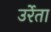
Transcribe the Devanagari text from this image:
उर्रेता